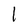
Character: l